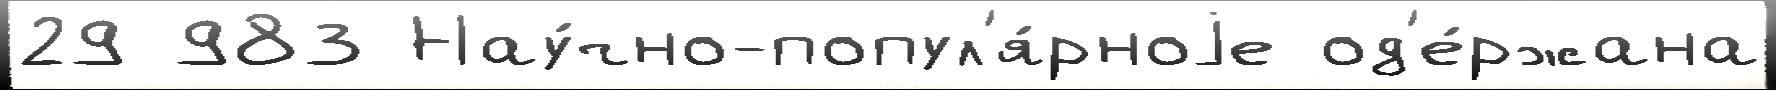
29 983 Нау́чно-попул'я́рноjе од'е́ржана